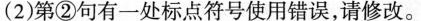
(2)第②句有一处标点符号使用错误，请修改。